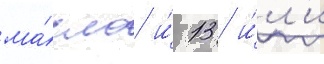
ма́сло и́ 13 и́л'и